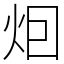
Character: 𤇆